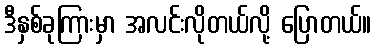
ဒီနှစ်ခုကြားမှာ အလင်းလိုတယ်လို့ ပြောတယ်။